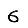
Digit: 6